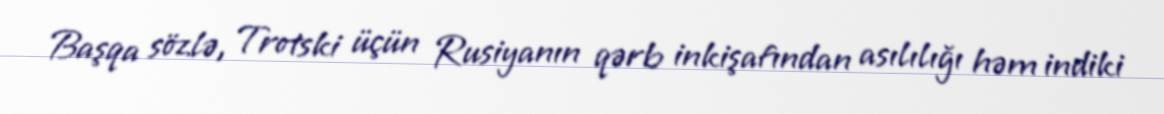
Başqa sözlə, Trotski üçün Rusiyanın qərb inkişafından asılılığı həm indiki